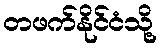
တဖက်နိုင်ငံသို့